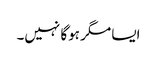
ایسا مگر ہوگا نہیں۔